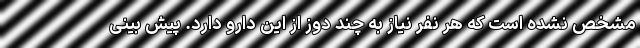
مشخص نشده است که هر نفر نیاز به چند دوز از این دارو دارد. پیش بینی‌